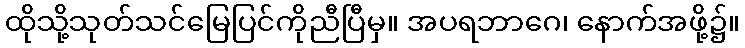
ထိုသို့သုတ်သင်မြေပြင်ကိုညီပြီမှ။ အပရဘာဂေ၊ နောက်အဖို့၌။